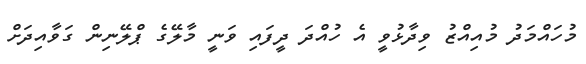
މުހައްމަދު މުއިއްޒު ވިދާޅުވީ އެ ހުއްދަ ދީފައި ވަނީ މާލޭގެ ޕްލޭނިން ގަވާއިދަށް